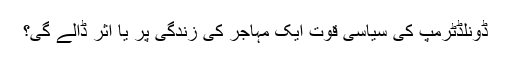
ڈونلڈٹرمپ کی سیاسی قوت ایک مہاجر کی زندگی پر یا اثر ڈالے گی؟